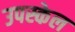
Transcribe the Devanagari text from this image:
उपस्केल